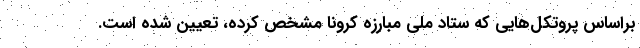
براساس پروتکل‌هایی که ستاد ملی مبارزه کرونا مشخص کرده، تعیین شده است.